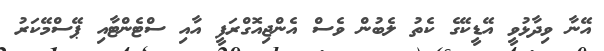
އޭނާ ވިދާޅުވީ އޭޑީކޭގެ ކެތު ލެބުން ވެސް އެންޖިއޮގްރަފީ އާއި ސްޓެންޓާއި ޕޭސްމޭކަރު